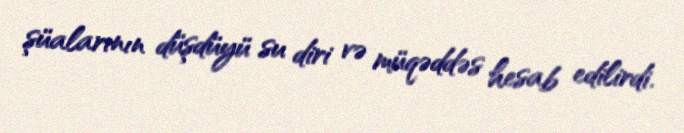
şüalarının düşdüyü su diri və müqəddəs hesab edilirdi.